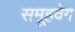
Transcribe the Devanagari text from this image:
समूहवेग